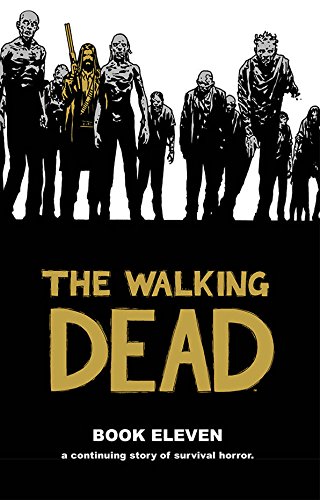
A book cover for The Walking Dead Book 11 (Walking Dead (12 Stories)); Robert Kirkman; Comics & Graphic Novels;